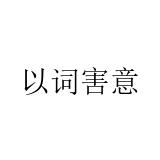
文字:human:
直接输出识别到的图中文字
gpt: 以词害意